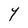
Character: Y